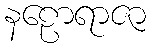
နဠောရာဇာ